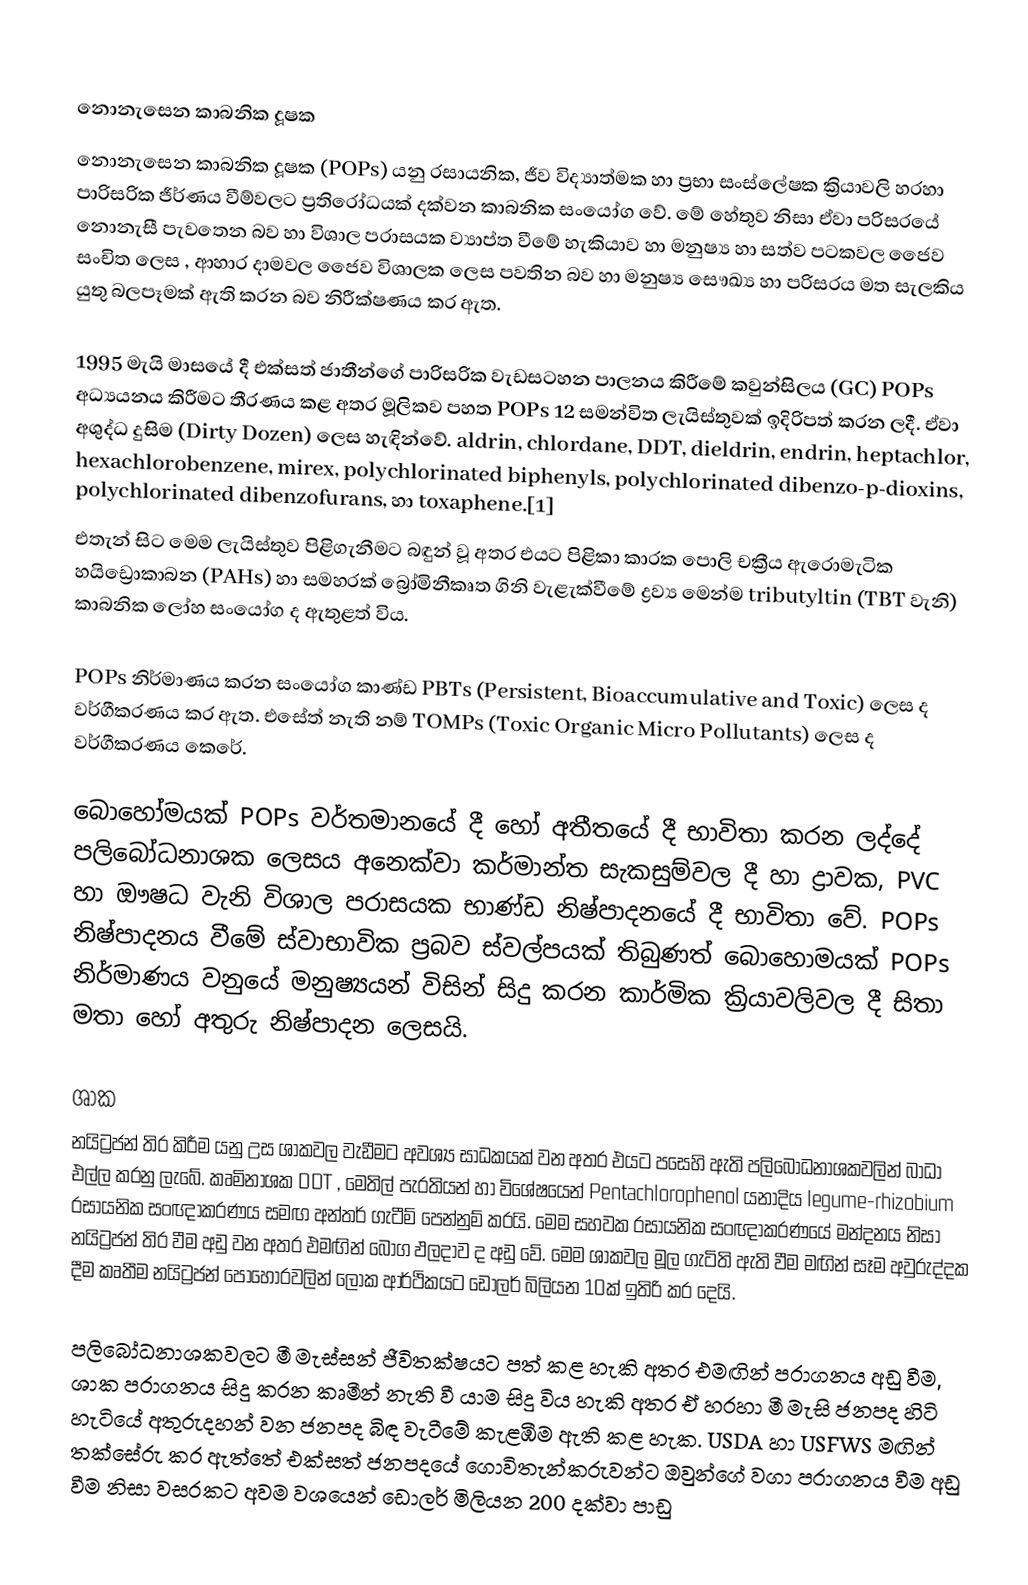

නොනැසෙන කාබනික දූෂක
නොනැසෙන කාබනික දූෂක (POPs) යනු රසායනික, ජීව විද්‍යාත්මක හා ප්‍රභා සංස්ලේෂක ක්‍රියාවලි හරහා පාරිසරික ජීර්ණය වීම්වලට ප්‍රතිරෝධයක් දක්වන කාබනික සංයෝග වේ. මේ හේතුව නිසා ඒවා පරිසරයේ නොනැසී පැවතෙන බව හා විශාල පරාසයක ව්‍යාප්ත වීමේ හැකියාව හා මනුෂ්‍ය හා සත්ව පටකවල ජෛව සංචිත ලෙස , ආහාර දාමවල ජෛව විශාලක ලෙස පවතින බව හා මනුෂ්‍ය සෞඛ්‍ය හා පරිසරය මත සැලකිය යුතු බලපෑමක් ඇති කරන බව නිරීක්ෂණය කර ඇත.

1995 මැයි මාසයේ දී එක්සත් ජාතීන්ගේ පාරිසරික වැඩසටහන පාලනය කිරීමේ කවුන්සිලය (GC) POPs අධ්‍යයනය කිරීමට තීරණය කළ අතර මූලිකව පහත POPs 12 සමන්විත ලැයිස්තුවක් ඉදිරිපත් කරන ලදී. ඒවා අශුද්ධ දුසිම (Dirty Dozen)  ලෙස හැඳින්වේ. aldrin, chlordane, DDT, dieldrin, endrin, heptachlor, hexachlorobenzene, mirex, polychlorinated biphenyls, polychlorinated dibenzo-p-dioxins, polychlorinated dibenzofurans, හා toxaphene.[1]
එතැන් සිට මෙම ලැයිස්තුව පිළිගැනීමට බඳුන් වූ අතර එයට පිළිකා කාරක පොලි චක්‍රීය ඇරොමැටික හයිඩ්‍රොකාබන (PAHs) හා සමහරක් බ්‍රෝමිනීකෘත ගිනි වැළැක්වීමේ ද්‍රව්‍ය මෙන්ම tributyltin (TBT වැනි) කාබනික ලෝහ සංයෝග ද ඇතුළත් විය.

‍POPs නිර්මාණය කරන සංයෝග කාණ්ඩ PBTs (Persistent, Bioaccumulative and Toxic) ලෙස ද වර්ගීකරණය කර ඇත. එසේත් නැති නම් TOMPs (Toxic Organic Micro Pollutants) ලෙස ද වර්ගීකරණය කෙරේ.

බොහෝමයක් POPs වර්තමානයේ දී හෝ අතීතයේ දී භාවිතා කරන ලද්දේ පලිබෝධනාශක ලෙසය අනෙක්වා කර්මාන්ත සැකසුම්වල දී හා ද්‍රාවක, PVC හා ‍‍ඖෂධ වැනි විශාල පරාසයක භාණ්ඩ නිෂ්පාදනයේ දී භාවිතා වේ. POPs නිෂ්පාදනය වීමේ ස්වාභාවික ප්‍රබව ස්වල්පයක් තිබුණත් බොහොමයක් POPs නිර්මාණය වනුයේ මනුෂ්‍යයන් විසින් සිදු කරන කාර්මික ක්‍රියාවලිවල දී සිතා මතා හෝ අතුරු නිෂ්පාදන ලෙසයි.

ශාක
නයිට්‍රජන් තිර කිරීම යනු උස ශාකවල වැඩීමට අවශ්‍ය සාධකයක් වන අතර එයට පසෙහි ඇති පලිබෝධනාශකවලින් බාධා එල්ල කරනු ලැබේ. කෘමිනාශක DDT , මෙතිල් පැරතියන් හා විශේෂයෙන් Pentachlorophenol යනාදිය legume-rhizobium රසායනික සංඥාකරණය සමඟ අන්තර් ගැටීම් පෙන්නුම් කරයි. මෙම සහවක රසායනික සංඥාකරණයේ මන්දනය නිසා නයිට්‍රජන් තිර වීම අඩු වන අතර එමඟින් බෝග ඵලදාව ද අඩු වේ. මෙම ශාකවල මූල ගැටිති ඇති වීම මඟින් සෑම අවුරුද්දක දීම කෘතීම නයිට්‍රජන් පොහොරවලින් ලෝක ආර්ථිකයට ඩොලර් බිලියන 10ක් ඉතිරි කර දෙයි.

පලිබෝධනාශකවලට මී මැස්සන් ජීවිතක්ෂයට පත් කළ හැකි අතර එමඟින් පරාගනය අඩු වීම, ශාක පරාගනය සිදු කරන කෘමීන් නැති වී යාම සිදු විය හැකි අතර ඒ හරහා මී මැසි ජනපද හිටි හැටියේ අතුරුදහන් වන ජනපද බිඳ වැටීමේ කැළඹීම ඇති කළ හැක. USDA හා USFWS මඟින් තක්සේරු කර ඇත්තේ එක්සත් ජනපදයේ ගොවිතැන්කරුවන්ට ඔවුන්ගේ වගා පරාගනය වීම අඩු වීම නිසා වසරකට අවම වශයෙන් ඩොලර් මිලියන 200 දක්වා පාඩු